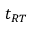
t _ { R T }